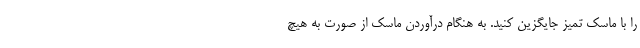
را با ماسک تمیز جایگزین کنید. به هنگام درآوردن ماسک از صورت به هیچ